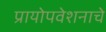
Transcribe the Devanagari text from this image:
प्रायोपवेशनाचे